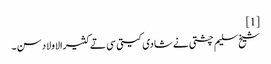
[1]
شیخ سلیم چشتی نے شادی کیتی سی تے کثیرالاولاد سن ۔